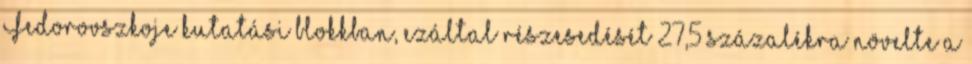
Fedorovszkoje kutatási blokkban, ezáltal részesedését 27,5 százalékra növelte a